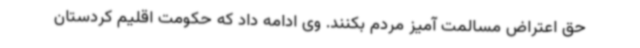
حق اعتراض مسالمت آمیز مردم بکنند. وی ادامه داد که حکومت اقلیم کردستان